Report of the Bombay Plague Committee
Disease focus: Plague
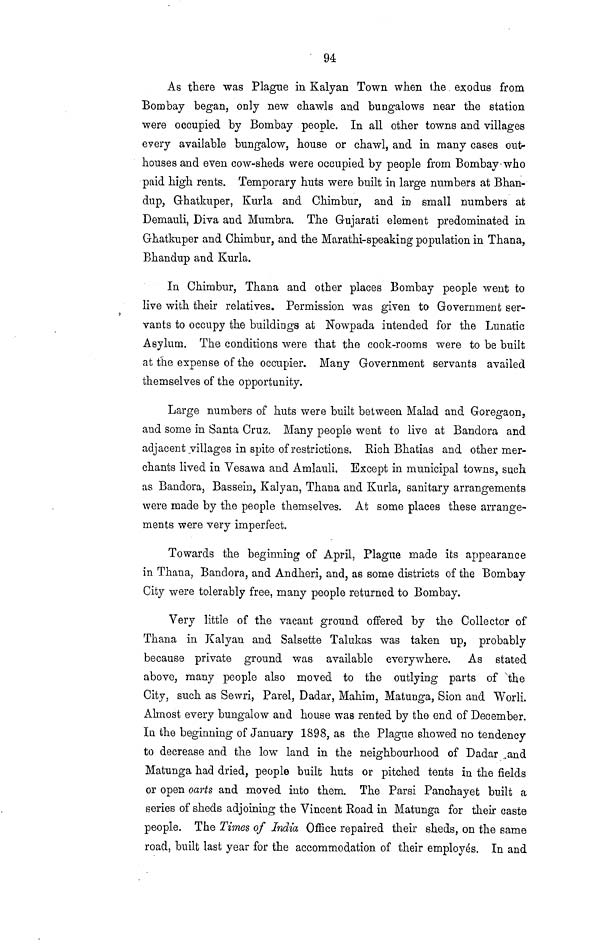
94
As there was Plague in Kalyan Town when the exodus from
Bombay began, only new chawls and bungalows near the station
were occupied by Bombay people. In all other towns and villages
every available bungalow, house or chawl, and in many cases out-
houses and even cow-sheds were occupied by people from Bombay-who
paid high rents. Temporary huts were built in large numbers at Bhan-
dup, Ghatkuper, Kurla and Chimbur, and in small numbers at
Demauli, Diva and Mumbra. The Gujarati element predominated in
Ghatkuper and Chimbur, and the Marathi-speaking population in Thana,
Bhandup and Kurla.
In Chimbur, Thana and other places Bombay people went to
live with their relatives. Permission was given to Government ser-
vants to occupy the buildings at Nowpada intended for the Lunatic
Asylum. The conditions were that the cook-rooms were to be built
at the expense of the occupier. Many Government servants availed
themselves of the opportunity.
Large numbers of huts were built between Malad and Goregaon,
and some in Santa Cruz. Many people went to live at Bandora and
adjacent villages in spite of restrictions. Rich Bhatias and other mer-
chants lived in Yesawa and Amlauli. Except in municipal towns, such
as Bandora, Bassein, Kalyan, Thana and Kurla, sanitary arrangements
were made by the people themselves. At some places these arrange-
ments were very imperfect.
Towards the beginning of April, Plague made its appearance
in Thana, Bandora, and Andheri, and, as some districts of the Bombay
City were tolerably free, many people returned to Bombay.
Very little of the vacant ground offered by the Collector of
Thana in Kalyan and Salsette Talukas was taken up, probably
because private ground was available everywhere.
As stated
above, many people also moved to the outlying parts of the
City, such as Sewri, Parel, Dadar, Mahim, Matunga, Sion and Worli.
Almost every bungalow and house was rented by the end of December.
In the beginning of January 1898, as the Plague showed no tendency
to decrease and the low land in the neighbourhood of Dadar and
Matunga had dried, people built huts or pitched tents in the fields
or open oarts and moved into them. The Parsi Panchayet built a
series of sheds adjoining the Vincent Road in Matunga for their caste
people. The Times of India Office repaired their sheds, on the same
road, built last year for the accommodation of their employés. In and